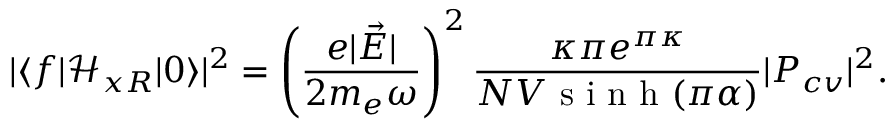
| \langle f \vert \mathcal { H } _ { x R } \vert 0 \rangle | ^ { 2 } = \left( \frac { e | \vec { E } | } { 2 m _ { e } \omega } \right) ^ { 2 } \frac { \kappa \pi e ^ { \pi \kappa } } { N V \textrm { s i n h } ( \pi \alpha ) } | P _ { c v } | ^ { 2 } .